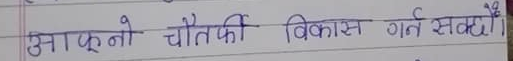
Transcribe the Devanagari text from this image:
आफ्नो चौतर्फी विकास गर्न सक्छौं।